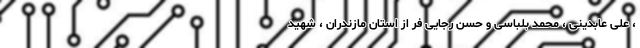
، علی عابدینی ، محمد بلباسی و حسن رجایی فر از استان مازندران ، شهید